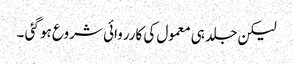
لیکن جلد ہی معمول کی کارروائی شروع ہو گئی ۔